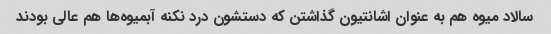
سالاد میوه هم به عنوان اشانتیون گذاشتن که دستشون درد نکنه آبمیوه‌ها هم عالی بودند